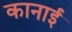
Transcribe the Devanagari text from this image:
कानाई